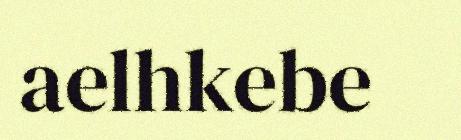
aelhkebe